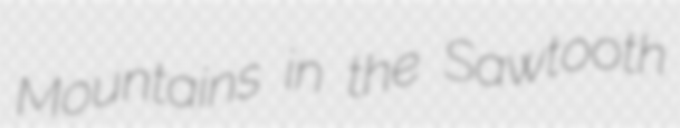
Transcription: Mountains in the Sawtooth